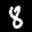
Label: 8